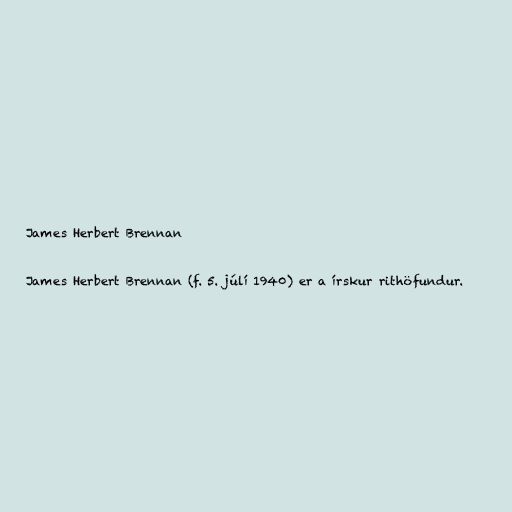
James Herbert Brennan

James Herbert Brennan (f. 5. júlí 1940) er a írskur rithöfundur.